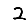
Digit: 2